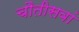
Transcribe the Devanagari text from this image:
चौतीसवां